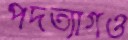
পদত্যাগও